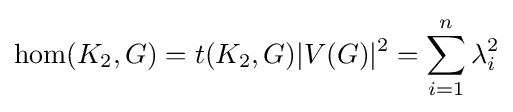
\operatorname {hom} (K_{2},G)=t(K_{2},G)|V(G)|^{2}=\sum _{i=1}^{n}\lambda _{i}^{2}